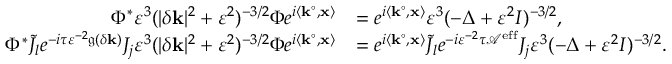
\begin{array} { r l } { \Phi ^ { * } \varepsilon ^ { 3 } ( | \delta \mathbf { k } | ^ { 2 } + \varepsilon ^ { 2 } ) ^ { - 3 / 2 } \Phi e ^ { i \left\langle \mathbf { k } ^ { \circ } , \mathbf { x } \right\rangle } } & { = e ^ { i \left\langle \mathbf { k } ^ { \circ } , \mathbf { x } \right\rangle } \varepsilon ^ { 3 } ( - \Delta + \varepsilon ^ { 2 } I ) ^ { - 3 / 2 } , } \\ { \Phi ^ { * } \tilde { J } _ { l } e ^ { - i \tau \varepsilon ^ { - 2 } \mathfrak { g } ( \delta \mathbf { k } ) } J _ { j } \varepsilon ^ { 3 } ( | \delta \mathbf { k } | ^ { 2 } + \varepsilon ^ { 2 } ) ^ { - 3 / 2 } \Phi e ^ { i \left\langle \mathbf { k } ^ { \circ } , \mathbf { x } \right\rangle } } & { = e ^ { i \left\langle \mathbf { k } ^ { \circ } , \mathbf { x } \right\rangle } \tilde { J } _ { l } e ^ { - i \varepsilon ^ { - 2 } \tau \mathcal { A } ^ { \mathrm { e f f } } } J _ { j } \varepsilon ^ { 3 } ( - \Delta + \varepsilon ^ { 2 } I ) ^ { - 3 / 2 } . } \end{array}